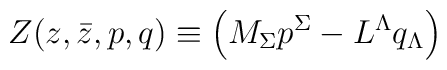
Z(z,\bar{z},{p},{q}) \equiv \left( M_\Sigma {p}^\Sigma-L^\Lambda {q}_\Lambda\right)